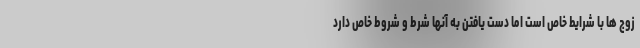
زوج ها با شرایط خاص است اما دست یافتن به آنها شرط و شروط خاص دارد